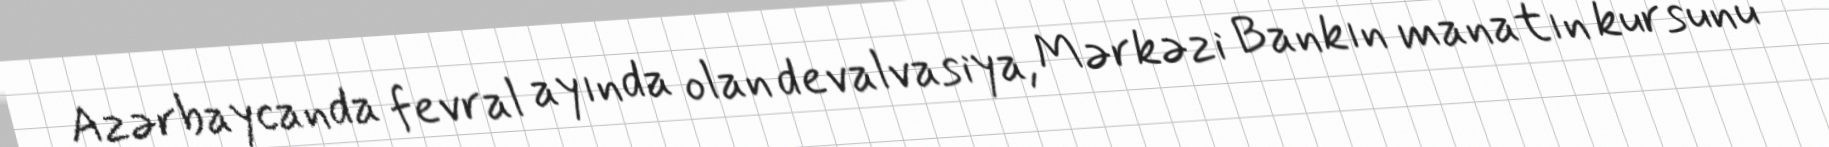
Azərbaycanda fevral ayında olan devalvasiya, Mərkəzi Bankın manatın kursunu